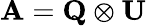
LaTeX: \mathbf{A}=\mathbf{Q}\otimes\mathbf{U}